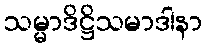
သမ္မာဒိဋ္ဌိသမာဒါနာ